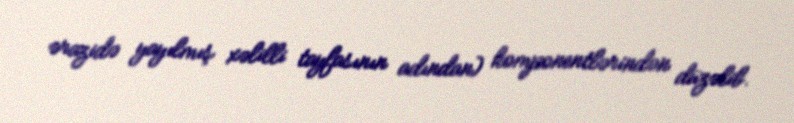
ərazidə yayılmış xəlilli tayfasının adından) komponentlərindən düzəlib.